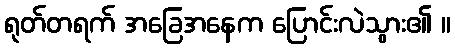
ရုတ်တရက် အခြေအနေက ပြောင်းလဲသွား၏ ။